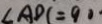
\angle A D C = 9 0 ^ { \circ }